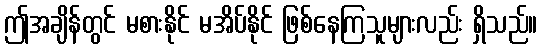
ဤအချိန်တွင် မစားနိုင် မအိပ်နိုင် ဖြစ်နေကြသူများလည်း ရှိသည်။